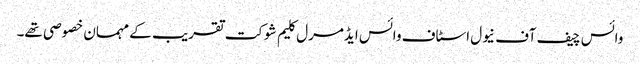
وائس چیف آف نیول اسٹاف وائس ایڈمرل کلیم شوکت تقریب کے مہمان خصوصی تھے۔